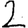
Digit: 2